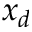
x _ { d }